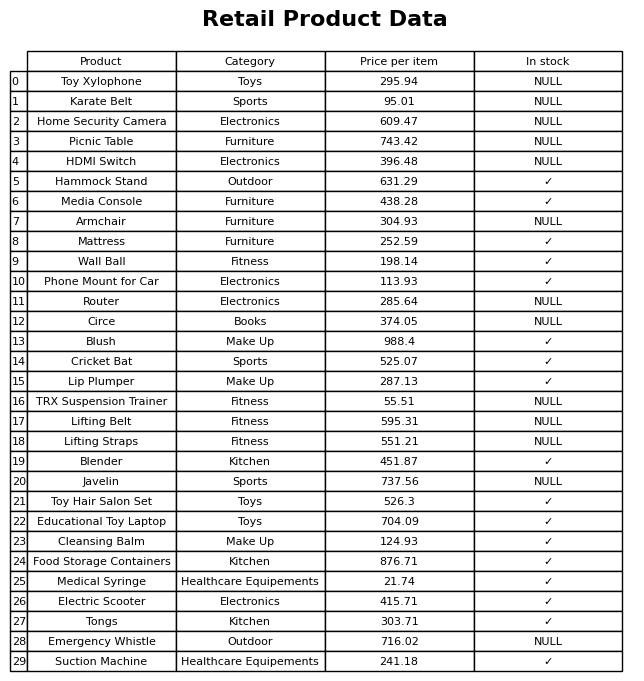
question: Which products are currently out of stock?
answer: Toy Xylophone, Karate Belt, Home Security Camera, Picnic Table, HDMI Switch, Armchair, Router, Circe, TRX Suspension Trainer, Lifting Belt, Lifting Straps, Javelin, Emergency Whistle